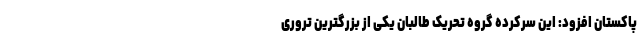
پاکستان افزود: این سرکرده گروه تحریک طالبان یکی از بزرگترین تروری